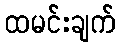
ထမင်းချက်